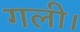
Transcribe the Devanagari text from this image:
गली।